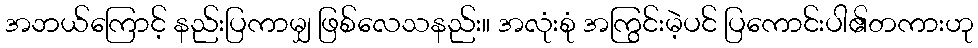
အဘယ်ကြောင့် နည်းပြကာမျှ ဖြစ်လေသနည်း။ အလုံးစုံ အကြွင်းမဲ့ပင် ပြကောင်းပါ၏တကားဟု